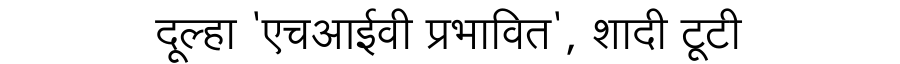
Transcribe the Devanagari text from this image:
दूल्हा 'एचआईवी प्रभावित', शादी टूटी